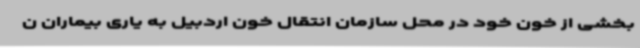
بخشی از خون خود در محل سازمان انتقال خون اردبیل به یاری بیماران ن